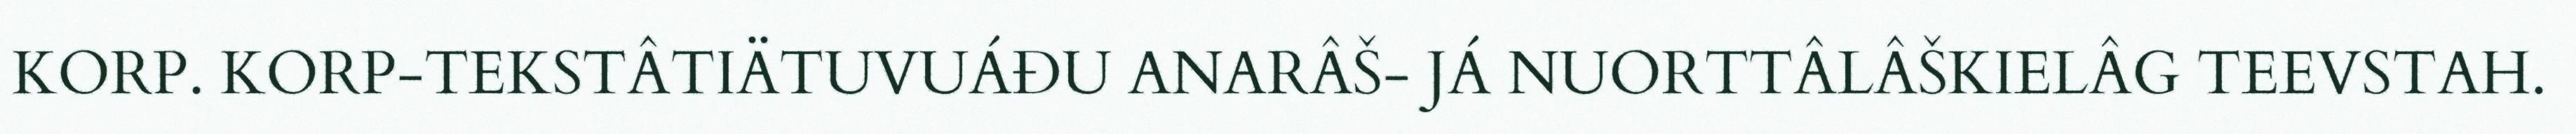
KORP. KORP-TEKSTÂTIÄTUVUÁĐU ANARÂŠ- JÁ NUORTTÂLÂŠKIELÂG TEEVSTAH.